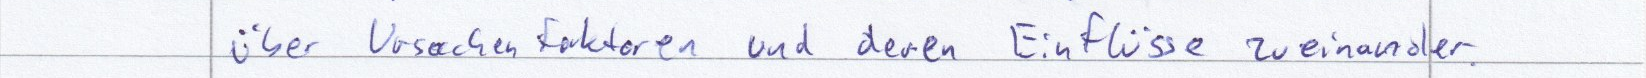
über Ursachenfaktoren und deren Einflüsse zueinander